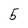
Character: 5